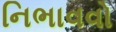
નિભાવવો